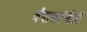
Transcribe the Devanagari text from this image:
वंशजांनीही